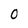
Character: O